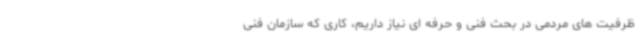
ظرفیت های مردمی در بحث فنی و حرفه ای نیاز داریم، کاری که سازمان فنی